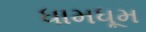
ધામધૂમ